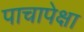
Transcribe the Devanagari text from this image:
पाचापेक्षा